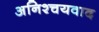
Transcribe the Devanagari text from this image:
अनिश्चयवाद